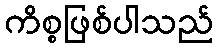
ကိစ္စဖြစ်ပါသည်